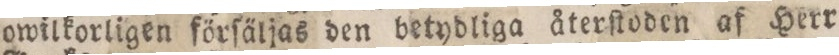
owilkorligen förſäljas den betydliga återſtoden af Herr